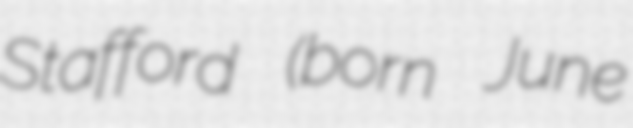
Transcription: Stafford (born June